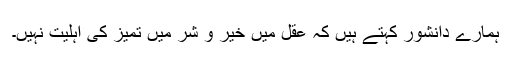
ہمارے دانشور کہتے ہیں کہ عقل میں خیر و شر میں تمیز کی اہلیت نہیں۔